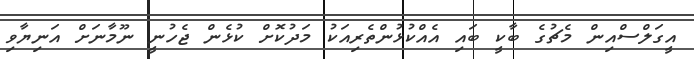
އީގަލްސްއިން މެޗުގެ ބާކީ ބައި އެއްކުޅުންތެރިއަކު މަދުކޮށް ކުޅެން ޖެހުނީ ނޫމާނަށް އަނިޔާވި